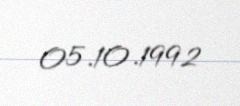
05.10.1992